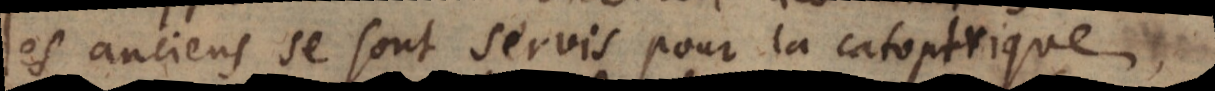
les anciens se sont servis pour la catoptrique,